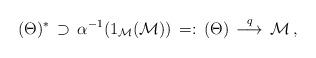
LaTeX: \begin{align*}(\Theta)^* \, \supset\, \alpha^{-1}(1_{\mathcal M}({\mathcal M}))\,=:\,(\Theta)\,\stackrel{q}{\longrightarrow}\,{\mathcal M} \, ,\end{align*}